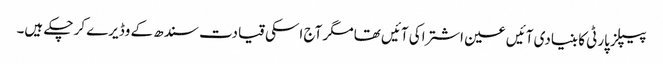
پیپلز پارٹی کا بنیادی آئیں عین اشتراکی آئیں تھا مگر آج اسکی قیادت سندھ کے وڈیرے کر چکے ہیں۔